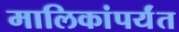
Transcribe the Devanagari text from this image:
मालिकांपर्यंत